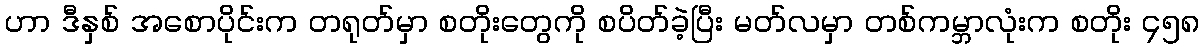
ဟာ ဒီနှစ် အစောပိုင်းက တရုတ်မှာ စတိုးတွေကို စပိတ်ခဲ့ပြီး မတ်လမှာ တစ်ကမ္ဘာလုံးက စတိုး ၄၅၈